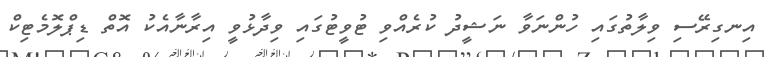
އިނގިރޭސި ވިލާތުގައި ހުންނަވާ ނަޝީދު ކުރެއްވި ޓުވީޓުގައި ވިދާޅުވީ އިރާނާއެކު އޮތް ޑިޕްލޮމެޓިކް